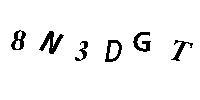
8N3DGT